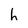
Character: h